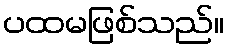
ပထမဖြစ်သည်။